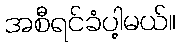
အစီရင်ခံပါ့မယ်။